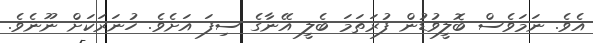
އެވެ. ނަމަވެސް ބޮލީވުޑުން ފުރަތަމަ ބެލީ އޭނާގެ ސިފަ އަށެވެ. ހުނަރަކަށް ނޫނެވެ.